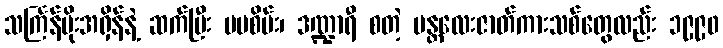
သင်္ကြန်မိုးအရှိန်နဲ့ ဆက်ပြီး မမစိမ်း၊ ဒဏ္ဍာရီ စတဲ့ မန္တလေးဇာတ်ကားသစ်တွေလည်း ၁၉၉၀